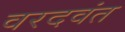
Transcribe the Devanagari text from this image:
वरदवंत